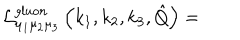
LaTeX: { \cal L } _ { \mu _ { 1 } \mu _ { 2 } \mu _ { 3 } } ^ { g l u o n } \left( k _ { 1 } , k _ { 2 } , k _ { 3 } , \hat { Q } \right) =